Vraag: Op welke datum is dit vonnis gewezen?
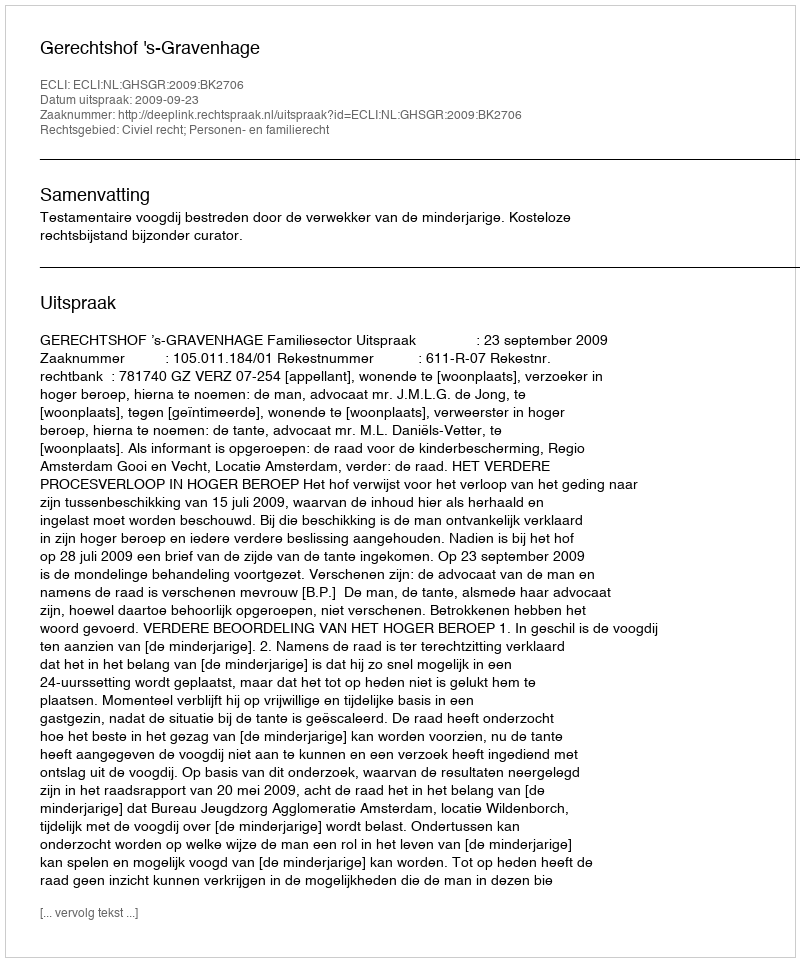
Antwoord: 2009-09-23